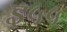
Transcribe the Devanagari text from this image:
इ५५